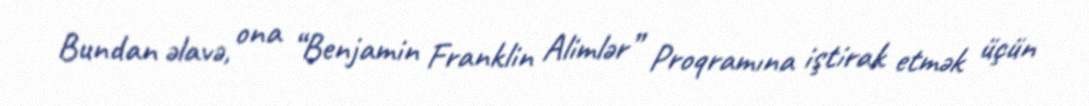
Bundan əlavə, ona “Benjamin Franklin Alimlər” Proqramına iştirak etmək üçün